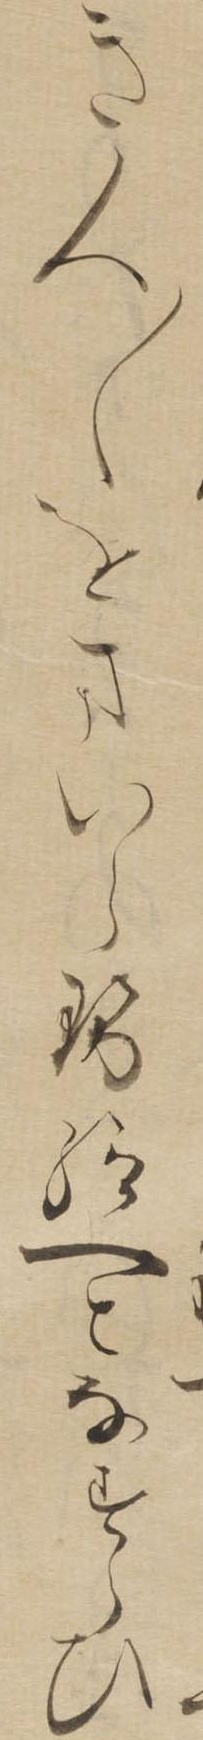
き人〱をまいらせ給へとなすらひ